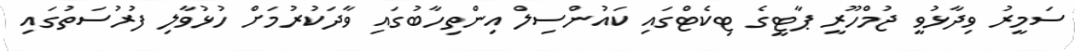
ސަމީރު ވިދާޅުވީ ޖުމްހޫރީ ޕާޓީގެ ޓިކެޓްގައި ކައުންސިލް އިންތިހާބުގައި ވާދަކުރުމަށް ހުޅުވާލި ފުރުސަތުގައި